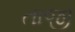
તાજી